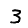
Digit: 3